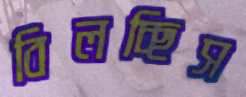
বিলচ্ছিস